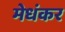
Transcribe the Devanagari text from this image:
मेधंकर